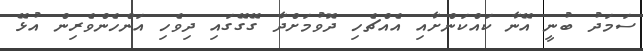
ސަމަދު ބުނީ އޭނާ ކައްކަންށާއި އެއްޗެހި ދޮވުމަށްދާ ގޭގޭގައި ދިވެހި އަންހެންވެރިން އުޅޭ